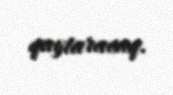
qaytaracaq.